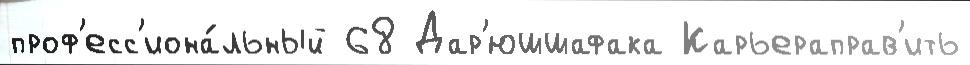
проф'есс'иона́льный 68 Дар'юшшафака Карьераправ'ить